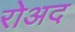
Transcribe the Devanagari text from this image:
रोअद